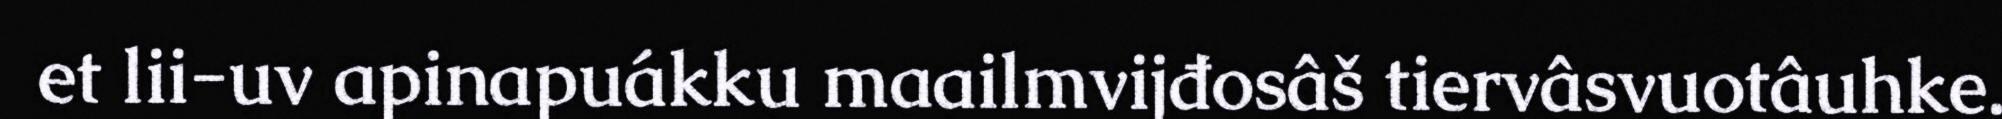
et lii-uv apinapuákku maailmvijđosâš tiervâsvuotâuhke.